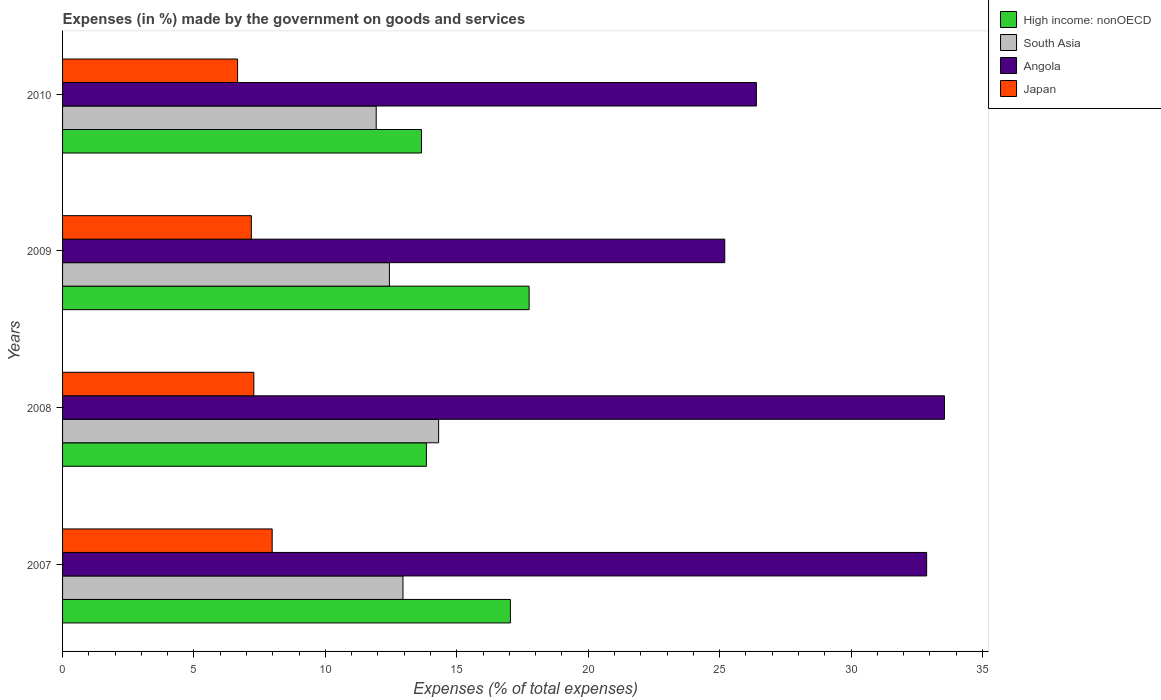
| Years | High income: nonOECD | South Asia | Angola | Japan |
 | --- | --- | --- | --- | --- |
 | 2007 | 17 | 13 | 32.9 | 7.98 |
 | 2008 | 13.8 | 14.3 | 33.6 | 7.28 |
 | 2009 | 17.8 | 12.4 | 25.2 | 7.18 |
 | 2010 | 13.7 | 11.9 | 26.4 | 6.66 |